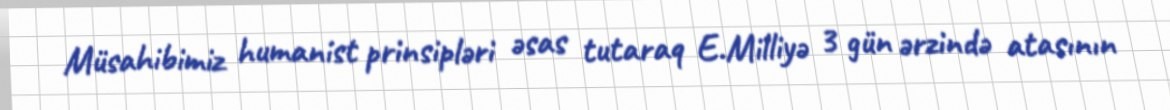
Müsahibimiz humanist prinsipləri əsas tutaraq E.Milliyə 3 gün ərzində atasının